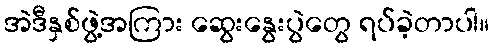
အဲဒီနှစ်ဖွဲ့အကြား ဆွေးနွေးပွဲတွေ ရပ်ခဲ့တာပါ။